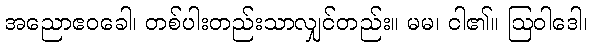
အညောဧဝခေါ၊ တစ်ပါးတည်းသာလျှင်တည်း။ မမ၊ ငါ၏။ ဩဝါဒေါ၊